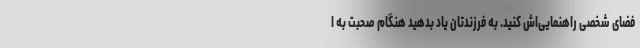
فضای شخصی راهنمایی‌اش کنید. به فرزندتان یاد بدهید هنگام صحبت به ا